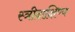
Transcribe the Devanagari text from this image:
स्त्रीदाक्षिण्य